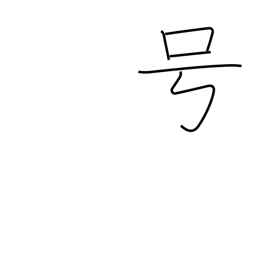
Meaning: nickname